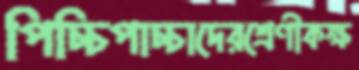
পিচ্চিপাচ্চাদেরশ্রেণীকক্ষ